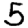
Digit: 5